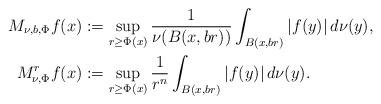
LaTeX: \begin{align*} M_{\nu,b, \Phi} f(x)&:= \sup_{r \geq\Phi(x)} \frac{1}{\nu(B(x, br))} \int_{B(x, br)} |f(y)| \,d\nu(y),\\ M^r_{\nu,\Phi} f(x)&:= \sup_{r \geq\Phi(x)} \frac{1}{r^n} \int_{B(x, b r)} |f(y)| \,d\nu(y). \end{align*}